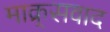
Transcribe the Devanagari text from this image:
माक्र्सवाद